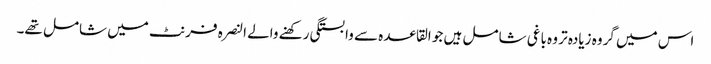
اس میں گروہ زیادہ تر وہ باغی شامل ہیں جو القاعدہ سے وابستگی رکھنے والے النصرہ فرنٹ میں شامل تھے۔